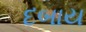
દબાય